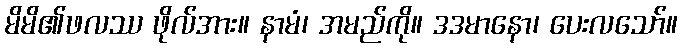
မိမိ၏ဖလဿ ဖိုလ်အား။ နာမံ၊ အမည်ကို။ ဒဒမာနော၊ ပေးလသော်။